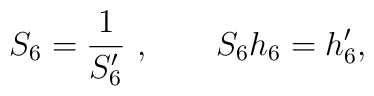
S_6 = {1\over S_6^\prime}\ , \qquad           S_6 h_6 = h_6^\prime,